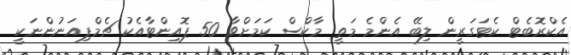
އެކްރޮބެޓް ކެޓަގަރީން ލިބޭ އެންމެ މަތީ މާކްސް ކަމަށްވާ 50 ޕޮއިންޓާއެކު ޗެމްޕިއަނުންނަކީ